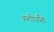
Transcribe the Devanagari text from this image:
अलीपर्यंत